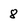
Character: 8